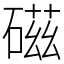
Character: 𥔵